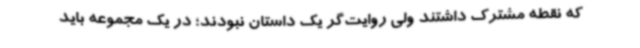
که نقطه مشترک داشتند ولی روایت‌گر یک داستان نبودند؛ در یک مجموعه باید